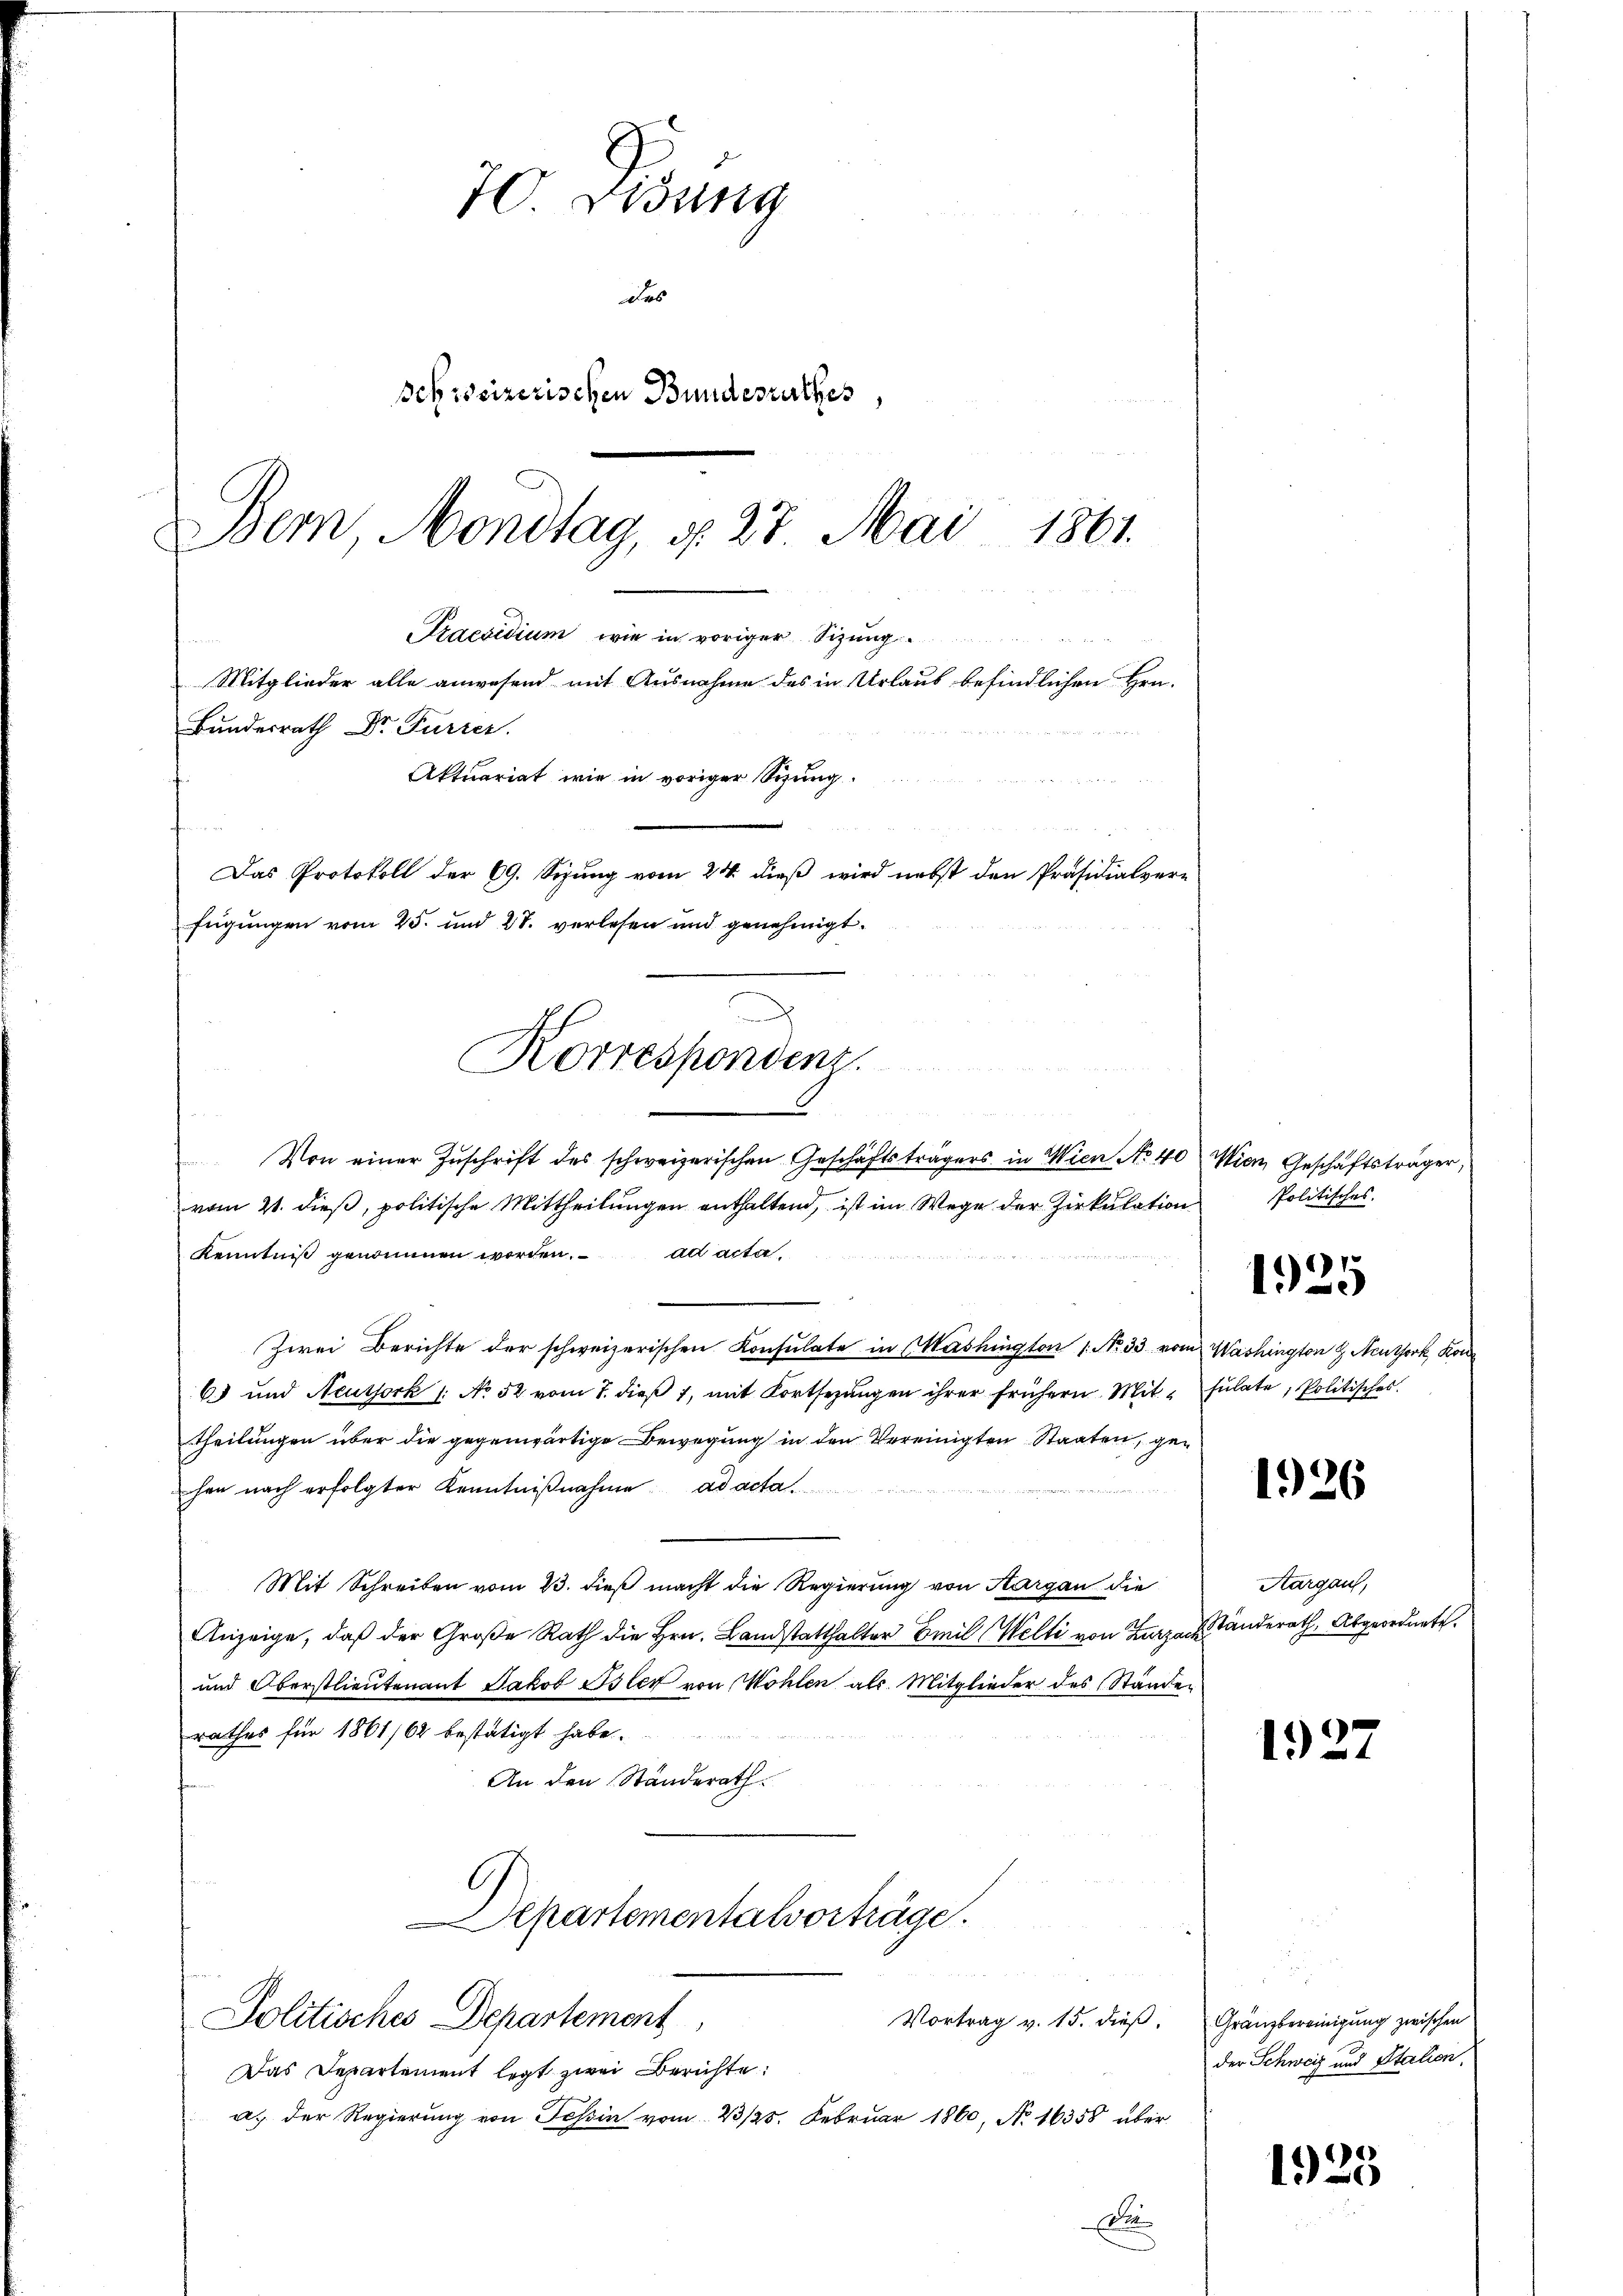
70. Sedung
Das
sebreizerischen Bundesrathes,
Bern Montag, d. 28 Mai 1861.

Bundesrath Dr Furrer.
.
Korrespondenz.

Praesidium wie in voriger Sitzung
Mitglieder alle anwesend mit Ausnahme des in Urlaub befindlichen Hrn.
Aktuariat wie in voriger Sizung
Das Protokoll der 69. Sepung vom 24. dieß wird nebst den Präsidialvere
fügungen vom 25. und 27. verlesen und genehmigt.

Von einer Zuschrift des schweizerischen Geschäftsträgers in Wien No 40
vom 21. dieß, politische Mittheilungen enthaltend, ist im Wege der Zirkulation
Kenntniß genommen worden. ad acta,
Zwei Berichte der schweizerischen Konsulate in Washington (No 33 vom Washington G. Neuthork, Kon
6) und Neuthork /: No 52 vom 7. dieß 1, mit Fortsezungen ihrer frühern. Mit fulate, Politisches.
Theilungen über die gegenwärtige Bewegung in den Vereinigten Staaten, gehen nach erfolgter Kenntniβnahme ad acta

Mit Schreiben vom 13. dieß macht die Regierung von Aargau die
Anzeige, daß der Große Rath die Hrn. Landstatthalter Emil Welti von Zurzack
und Oberstlieutenant Jakob Isler von Wohlen als Mitglieder des Stände
rathes für 1861/62 bestätigt habe.
An den Ständerath.
Departementalvorträge.
Politisches Departement,
Vortrag v. 15. dieβ. Gränzbereinigung zwischen
Das Departement legt zwei Berichte:
a. der Regierung von Teßin vom 23/25. Februar 1860, No 16358 über
d

Wien Geschäftsträger,
Politisches.

1925

1926

Aargau,
Ständerath, Abgeordnete.

192.

der Schweiz und Station,

1925